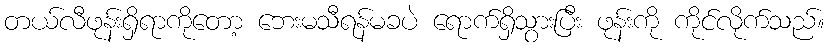
တယ်လီဖုန်းရှိရာကိုတော့ ဘေးမသီရန်မခပဲ ရောက်ရှိသွားပြီး ဖုန်းကို ကိုင်လိုက်သည်။